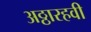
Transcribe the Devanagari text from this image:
अठ्ठारहवी